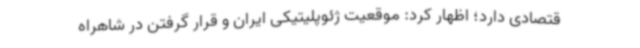
قتصادی دارد؛ اظهار کرد: موقعیت ژئوپلیتیکی ایران و قرار گرفتن در شاهراه